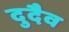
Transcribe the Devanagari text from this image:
दुदैव